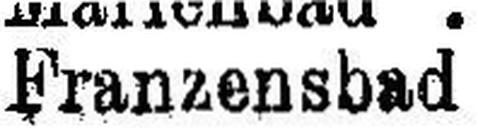
Franzensbad